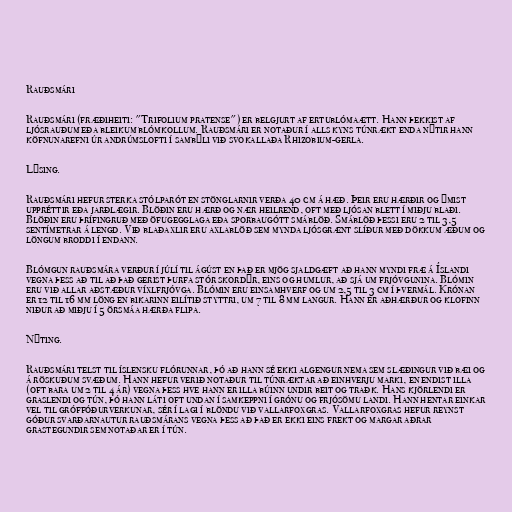
Rauðsmári

Rauðsmári (fræðiheiti: "Trifolium pratense") er belgjurt af ertublómaætt. Hann þekkist af
ljósrauðum eða bleikum blómkollum. Rauðsmári er notaður í alls kyns túnrækt enda nýtir hann
köfnunarefni úr andrúmslofti í sambýli við svokallaða Rhizobium-gerla.

Lýsing.

Rauðsmári hefur sterka stólparót en stönglarnir verða 40 cm á hæð. Þeir eru hærðir og ýmist
uppréttir eða jarðlægir. Blöðin eru hærð og nær heilrend, oft með ljósan blett í miðju blaði.
Blöðin eru þrífingruð með öfugegglaga eða sporbaugótt smáblöð. Smáblöð þessi eru 2 til 3,5
sentímetrar á lengd. Við blaðaxlir eru axlablöð sem mynda ljósgrænt slíður með dökkum æðum og
löngum broddi í endann.

Blómgun rauðsmára verður í júlí til ágúst en það er mjög sjaldgæft að hann myndi fræ á Íslandi
vegna þess að til að það gerist þurfa stór skordýr, eins og humlur, að sjá um frjóvgunina. Blómin
eru við allar aðstæður víxlfrjóvga. Blómin eru einsamhverf og um 2,5 til 3 cm í þvermál. Krónan
er 12 til 16 mm löng en bikarinn eilítið styttri, um 7 til 8 mm langur. Hann er aðhærður og klofinn
niður að miðju í 5 örsmáa hærða flipa.

Nýting.

Rauðsmári telst til íslensku flórunnar, þó að hann sé ekki algengur nema sem slæðingur við bæi og
á röskuðum svæðum. Hann hefur verið notaður til túnræktar að einhverju marki, en endist illa
(oft bara um 2 til 4 ár) vegna þess hve hann er illa búinn undir beit og traðk. Hans kjörlendi er
graslendi og tún, þó hann láti oft undan í samkeppni í grónu og frjósömu landi. Hann hentar einkar
vel til gróffóðurverkunar, sér í lagi í blöndu við vallarfoxgras. Vallarfoxgras hefur reynst
góður svarðarnautur rauðsmárans vegna þess að það er ekki eins frekt og margar aðrar
grastegundir sem notaðar er í tún.